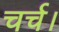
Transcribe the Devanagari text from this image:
चर्च।